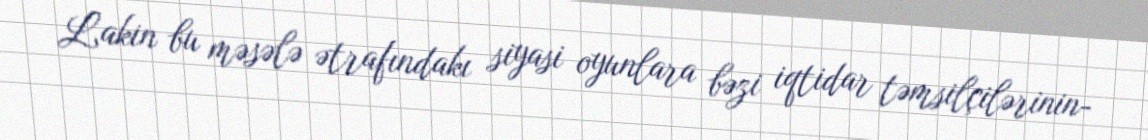
Lakin bu məsələ ətrafındakı siyasi oyunlara bəzi iqtidar təmsilçilərinin-